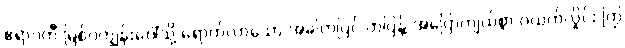
ဧရာဝတီ မြစ်ဝကျွန်းပေါ်သို့ ရောက်လာသော အခါတပြင် တပြန့် အပြောကျယ်စွာ ဂယက်လှိုင်း ကြွ